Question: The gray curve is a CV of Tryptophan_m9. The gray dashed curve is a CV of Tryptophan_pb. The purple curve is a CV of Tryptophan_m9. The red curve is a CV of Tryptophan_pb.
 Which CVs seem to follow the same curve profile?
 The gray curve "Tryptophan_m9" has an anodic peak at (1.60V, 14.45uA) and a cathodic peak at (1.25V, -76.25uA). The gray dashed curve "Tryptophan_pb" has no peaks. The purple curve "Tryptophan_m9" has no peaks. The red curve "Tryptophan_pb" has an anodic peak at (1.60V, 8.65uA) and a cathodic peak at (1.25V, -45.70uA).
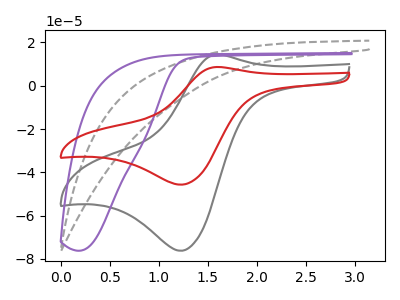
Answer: <think>"Tryptophan_m9" and "Tryptophan_pb" have a different number of peaks. "Tryptophan_m9" and "Tryptophan_m9" have a different number of peaks. All the peaks in "Tryptophan_m9" have a peak in "Tryptophan_pb" at the same potential. Every peak in "Tryptophan_m9" is higher than every peak in "Tryptophan_pb". Neither "Tryptophan_pb" or "Tryptophan_m9" have any peaks. "Tryptophan_pb" and "Tryptophan_pb" have a different number of peaks. "Tryptophan_m9" and "Tryptophan_pb" have a different number of peaks.
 </think>
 <answer>"Tryptophan_m9" and "Tryptophan_pb" have the same shape and are likely CV's of the same chemical.</answer>
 <eval>"Tryptophan_m9" "Tryptophan_pb"</eval>